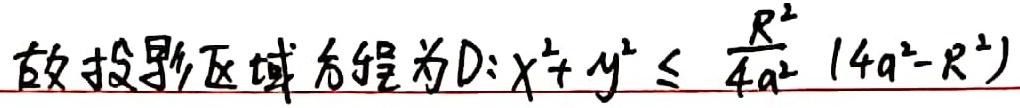
故投影区域方程为\(D:x^{2}+ y^{2} \leq  \frac{R^{2}}{4a^{2}}(4a^{2}-R^{2})\)